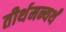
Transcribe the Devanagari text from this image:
तीर्थमन्यर्थं